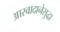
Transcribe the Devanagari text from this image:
आस्वादानेसुद्धा